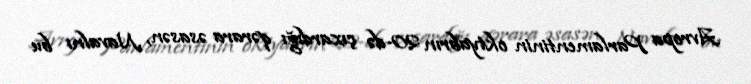
Avropa Parlamentinin oktyabrın 20-də çıxardığı qərara əsasən, Navalnı bu